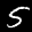
Label: 5